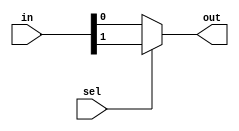
/********************************************************************************************
Description: 2 to 1 mux using conditional operator
*********************************************************************************************/

module mux_2to1_conditional(
	input	[1:0]	in,
    input			sel,
	output			out
);

	assign	out = sel ? in[1] : in [0];

endmodule